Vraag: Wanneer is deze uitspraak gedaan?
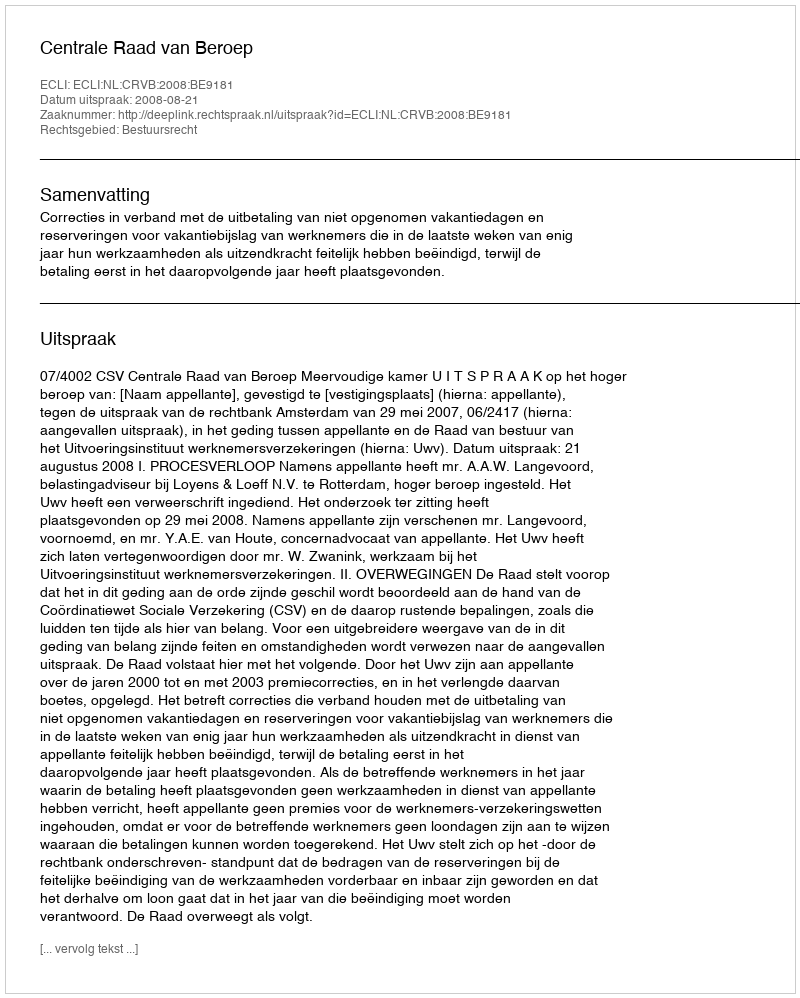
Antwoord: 2008-08-21